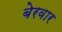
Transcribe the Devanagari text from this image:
बेरवार